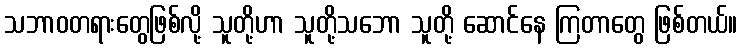
သဘာဝတရားတွေဖြစ်လို့ သူတို့ဟာ သူတို့သဘော သူတို့ ဆောင်နေ ကြတာတွေ ဖြစ်တယ်။